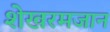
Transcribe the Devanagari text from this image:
शेखरमजान